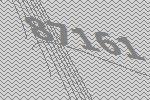
87161